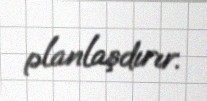
planlaşdırır.